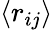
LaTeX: \langle r_{ij}\rangle